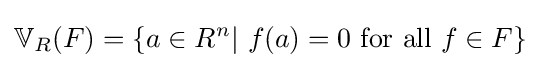
\mathbb {V} _{R}(F)=\{a\in R^{n}|\ f(a)=0{\text{ for all }}f\in F\}